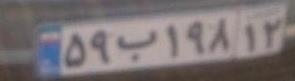
۵۹ب۱۹۸۱۲